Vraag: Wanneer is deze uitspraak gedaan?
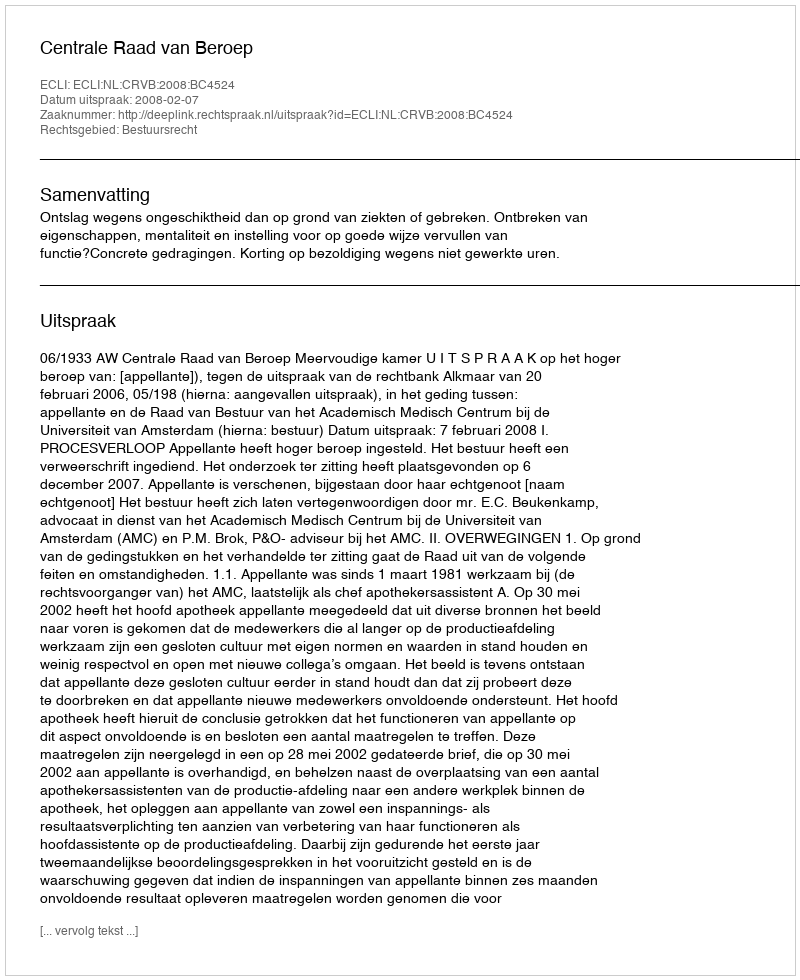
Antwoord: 2008-02-07